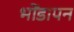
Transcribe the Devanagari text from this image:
भोंडापन